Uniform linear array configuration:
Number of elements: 32
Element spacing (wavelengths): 0.25
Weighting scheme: binomial
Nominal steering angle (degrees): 45
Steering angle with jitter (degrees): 45.287
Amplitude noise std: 0.05
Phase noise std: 0.05

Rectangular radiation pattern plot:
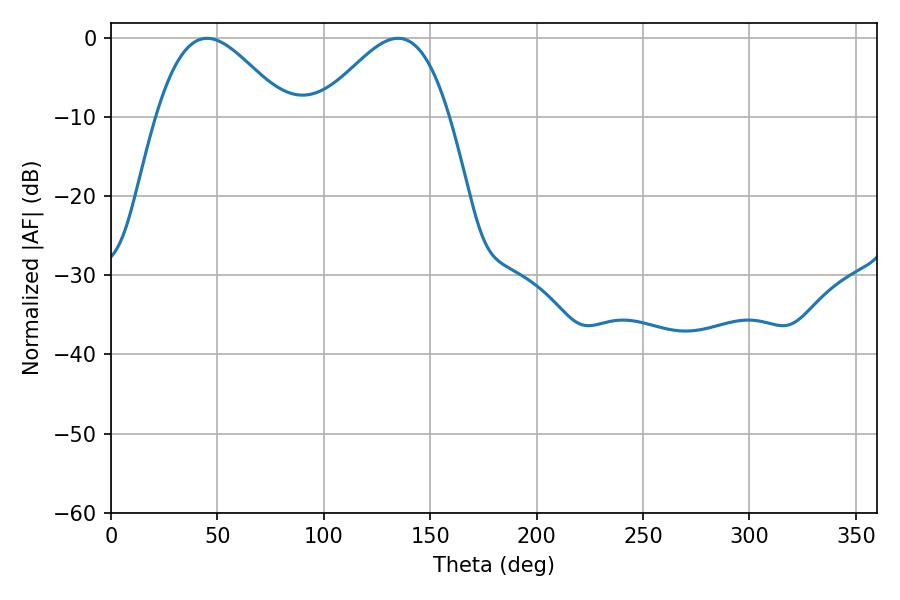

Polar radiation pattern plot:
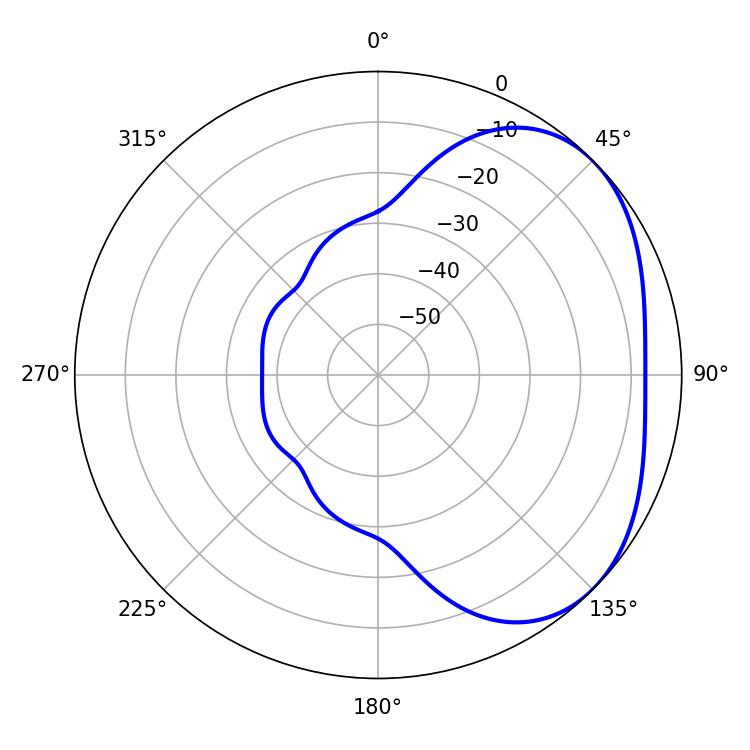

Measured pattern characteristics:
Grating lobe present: FALSE
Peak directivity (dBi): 3.182
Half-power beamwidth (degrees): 32.76
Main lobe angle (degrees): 45.18